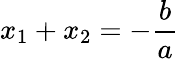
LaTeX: x_{1}+x_{2}=-\frac{b}{a}